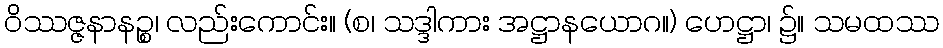
ဝိဿဇ္ဇနာနဉ္စ၊ လည်းကောင်း။ (စ၊ သဒ္ဒါကား အဋ္ဌာနယောဂ။) ဟေဋ္ဌာ၊ ၌။ သမထဿ